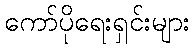
ကော်ပိုရေးရှင်းများ